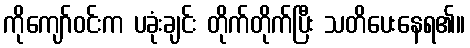
ကိုကျော်ဝင်းက ပခုံးချင်း တိုက်တိုက်ပြီး သတိပေးနေရ၏။